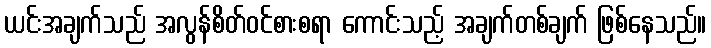
ယင်းအချက်သည် အလွန်စိတ်ဝင်စားစရာ ကောင်းသည့် အချက်တစ်ချက် ဖြစ်နေသည်။